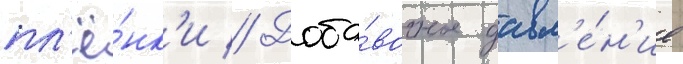
пл'ё́нк'и // Доба́вочное давл'е́н'ие